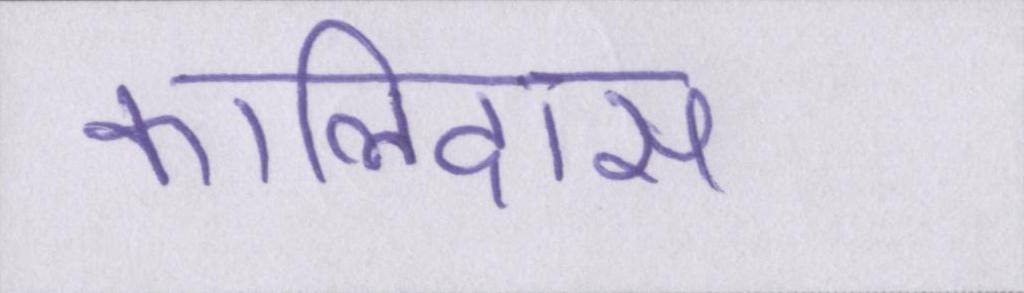
कालिदास